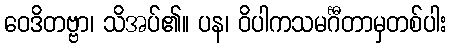
ဝေဒိတဗ္ဗာ၊ သိအပ်၏။ ပန၊ ဝိပါကသမင်္ဂီတာမှတစ်ပါး